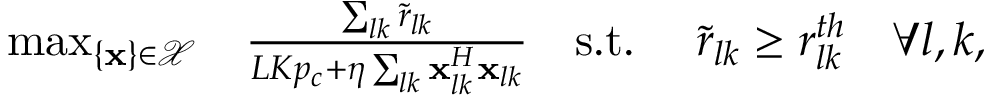
\begin{array} { r l r l r } { \operatorname* { m a x } _ { \{ \mathbf { x } \} \in \mathcal { X } } } & { \frac { \sum _ { l k } \tilde { r } _ { l k } } { L K p _ { c } + \eta \sum _ { l k } \mathbf { x } _ { l k } ^ { H } \mathbf { x } _ { l k } } } & { \mathrm { s . t . } \, \, } & { \tilde { r } _ { l k } \geq r _ { l k } ^ { t h } } & { \forall l , k , } \end{array}